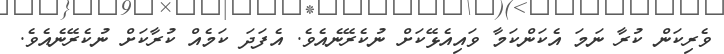
ވެރިކަން ކުރާ ނަމަ އެކަންކަމާ ވައިއެޅޭކަށް ނުކެރޭނެއެވެ. އެފަދަ ކަމެއް ކުރާކަށް ނުކެރޭނެއެވެ.